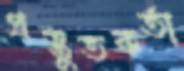
প্রস্তুতকর্তা